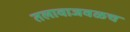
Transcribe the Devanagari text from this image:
तलावाजवळच